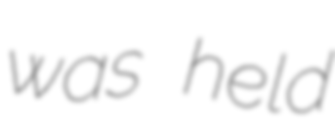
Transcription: was held